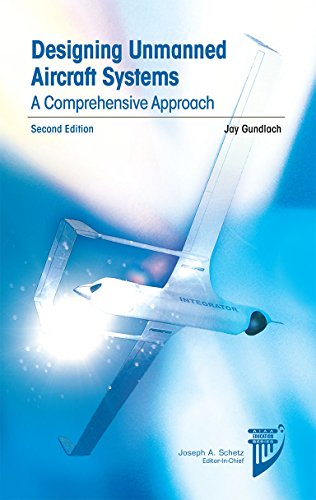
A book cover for Designing Unmanned Aircraft Systems: A Comprehensive Approach, Second Edition (Aiaa Education Series); Jay Gundlach; Engineering & Transportation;